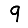
Digit: 9